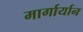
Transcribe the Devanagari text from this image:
मार्गार्यान